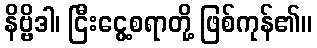
နိဗ္ဗိဒါ၊ ငြီးငွေ့စရာတို့ ဖြစ်ကုန်၏။